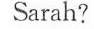
Sarah?